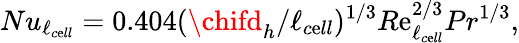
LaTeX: Nu_{\ell_{c\mathrm{e}ll}}=0.404(\chifd_{h}/\ell_{c\mathrm{e}ll})^{1/3}R\mathrm{e}_{\ell_{c\mathrm{e}ll}}^{2/3}Pr^{1/3},